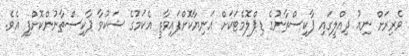
ވެރިރަށް ނިއު ދިއްލީގައި ޕާކިސްތާނުގެ ޑިޕްލޮމެޓަކަށް އަނިޔާކޮށްފައިވާތީ އެކަމުގެ ޝަކުވާ ޕާކިސްތާނުންކޮށްފި އެވެ.